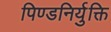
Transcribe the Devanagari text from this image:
पिण्डनिर्युक्ति